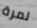
لمرة